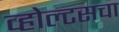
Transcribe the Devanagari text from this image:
व्होल्टसचा